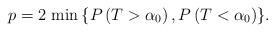
LaTeX: \begin{align*}p=2 \ {\min \left\{P\left(T>\alpha_0\right),P\left(T<\alpha_0\right)\right\}}.\end{align*}